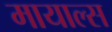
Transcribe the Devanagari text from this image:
मायाल्स